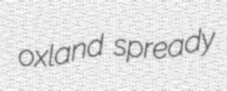
oxland spready